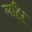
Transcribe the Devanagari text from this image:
लहिरू